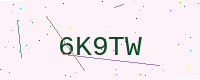
Text: 6K9TW